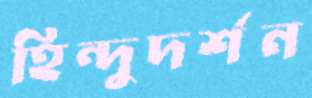
হিন্দুদর্শন